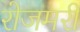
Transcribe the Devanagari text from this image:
रोजमरी